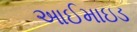
આઈમાઇડ